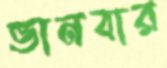
ভানবার